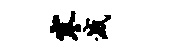
寒灭